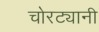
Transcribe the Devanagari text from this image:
चोरट्यानी